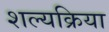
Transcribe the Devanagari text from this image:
शल्‍यक्रिया